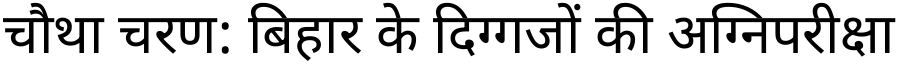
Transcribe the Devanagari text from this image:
चौथा चरण: बिहार के दिग्गजों की अग्निपरीक्षा